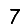
Digit: 7